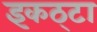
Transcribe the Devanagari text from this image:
इकठ्‌टा